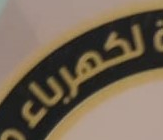
لكهرباء